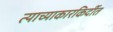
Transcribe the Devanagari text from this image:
त्याच्याकारकिर्दीत